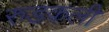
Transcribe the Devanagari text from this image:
रुडकली